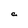
Character: C